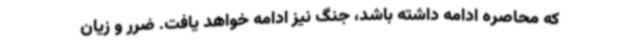
که محاصره ادامه داشته باشد، جنگ نیز ادامه خواهد یافت. ضرر و زیان